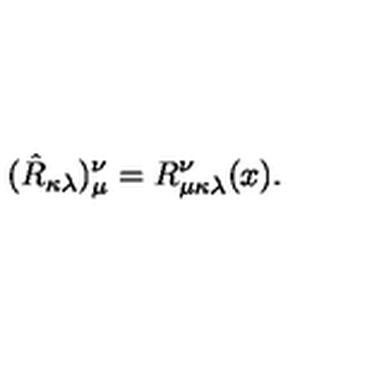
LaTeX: ( \hat { R } _ { \kappa \lambda } ) _ { \mu } ^ { \nu } = R _ { \mu \kappa \lambda } ^ { \nu } ( x ) .